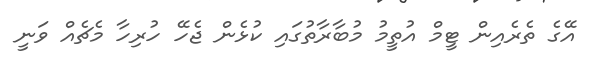
އޭގެ ތެރެއިން ޓީމް އުތީމު މުބާރާތުގައި ކުޅެން ޖެހޭ ހުރިހާ މެޗެއް ވަނީ